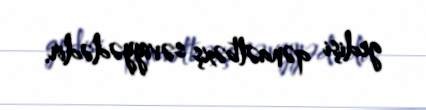
gedişi qənaətbəxş səviyyədədir.